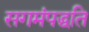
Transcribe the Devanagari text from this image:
सगमंपद्धति